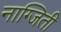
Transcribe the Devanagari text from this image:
नाग्जिती